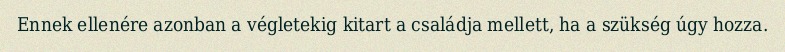
Ennek ellenére azonban a végletekig kitart a családja mellett, ha a szükség úgy hozza.